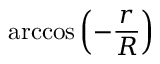
\operatorname { a r c c o s } \left( - { \frac { r } { R } } \right)